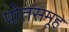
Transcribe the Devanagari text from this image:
पोतसमूह